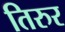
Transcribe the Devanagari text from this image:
तिरुर